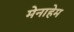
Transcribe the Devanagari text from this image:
मेनाहेम